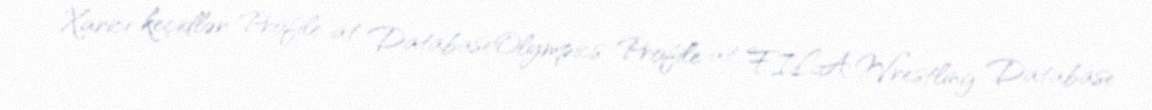
Xarici keçidlər Profile at DatabaseOlympics Profile at FILA Wrestling Database